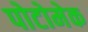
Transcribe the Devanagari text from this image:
पोटोमेक